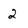
Character: 2